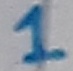
Text: 1